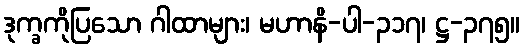
ဒုက္ခကိုပြသော ဂါထာများ၊ မဟာနိ-ပါ-၃၁၇၊ ဋ္ဌ-၃၇၅။